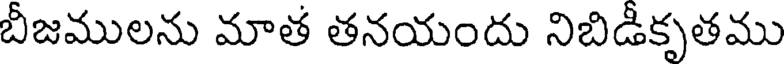
బీజములను మాత తనయందు నిబిడీకృతము